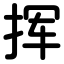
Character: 挥